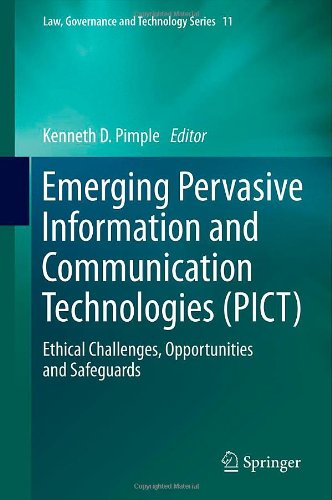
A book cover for Emerging Pervasive Information and Communication Technologies (PICT): Ethical Challenges, Opportunities and Safeguards (Law, Governance and Technology Series); Law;